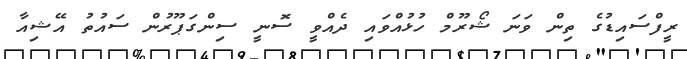
ރީފްސައިޑުގެ ތިން ވަނަ ޝޯރޫމް ހުޅުއްވައި ދެއްވީ ސޮނީ ސިންގަޕޫރުން ސައުތު އޭޝިއާ